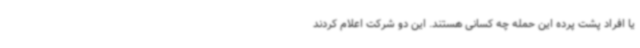
یا افراد پشت پرده این حمله چه کسانی هستند. این دو شرکت اعلام کردند